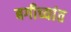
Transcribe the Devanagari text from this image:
बगीच्यांत